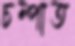
চম্পাত